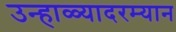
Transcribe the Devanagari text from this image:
उन्हाळ्यादरम्यान